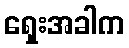
ရှေးအခါက